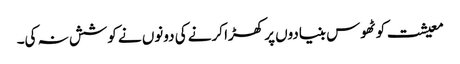
معیشت کو ٹھوس بنیادوں پر کھڑا کرنے کی دونوں نے کوشش نہ کی۔